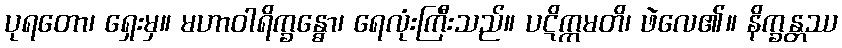
ပုရတော၊ ရှေးမှ။ မဟာဝါရိက္ခန္ဓော၊ ရေလုံးကြီးသည်။ ပဋိက္ကမတိ၊ ဖဲလေ၏။ နိက္ခန္တဿ